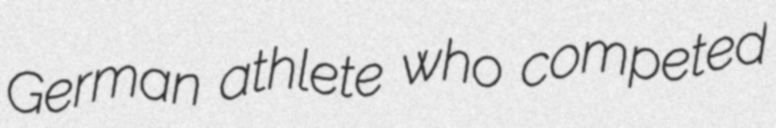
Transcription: German athlete who competed